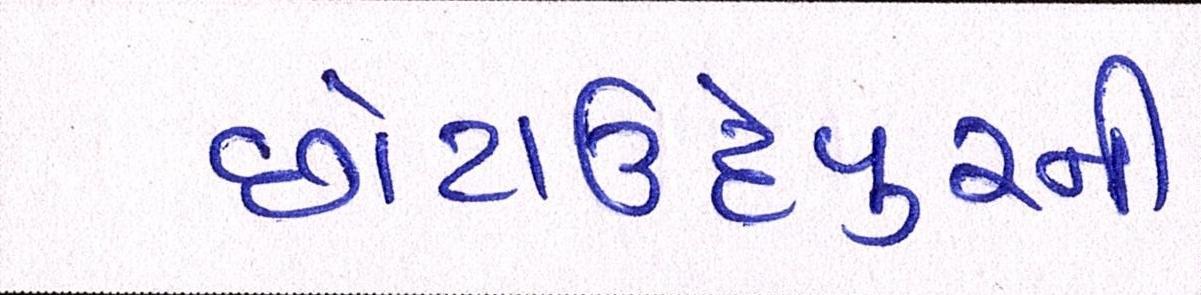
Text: છોટાઉદેપુરની